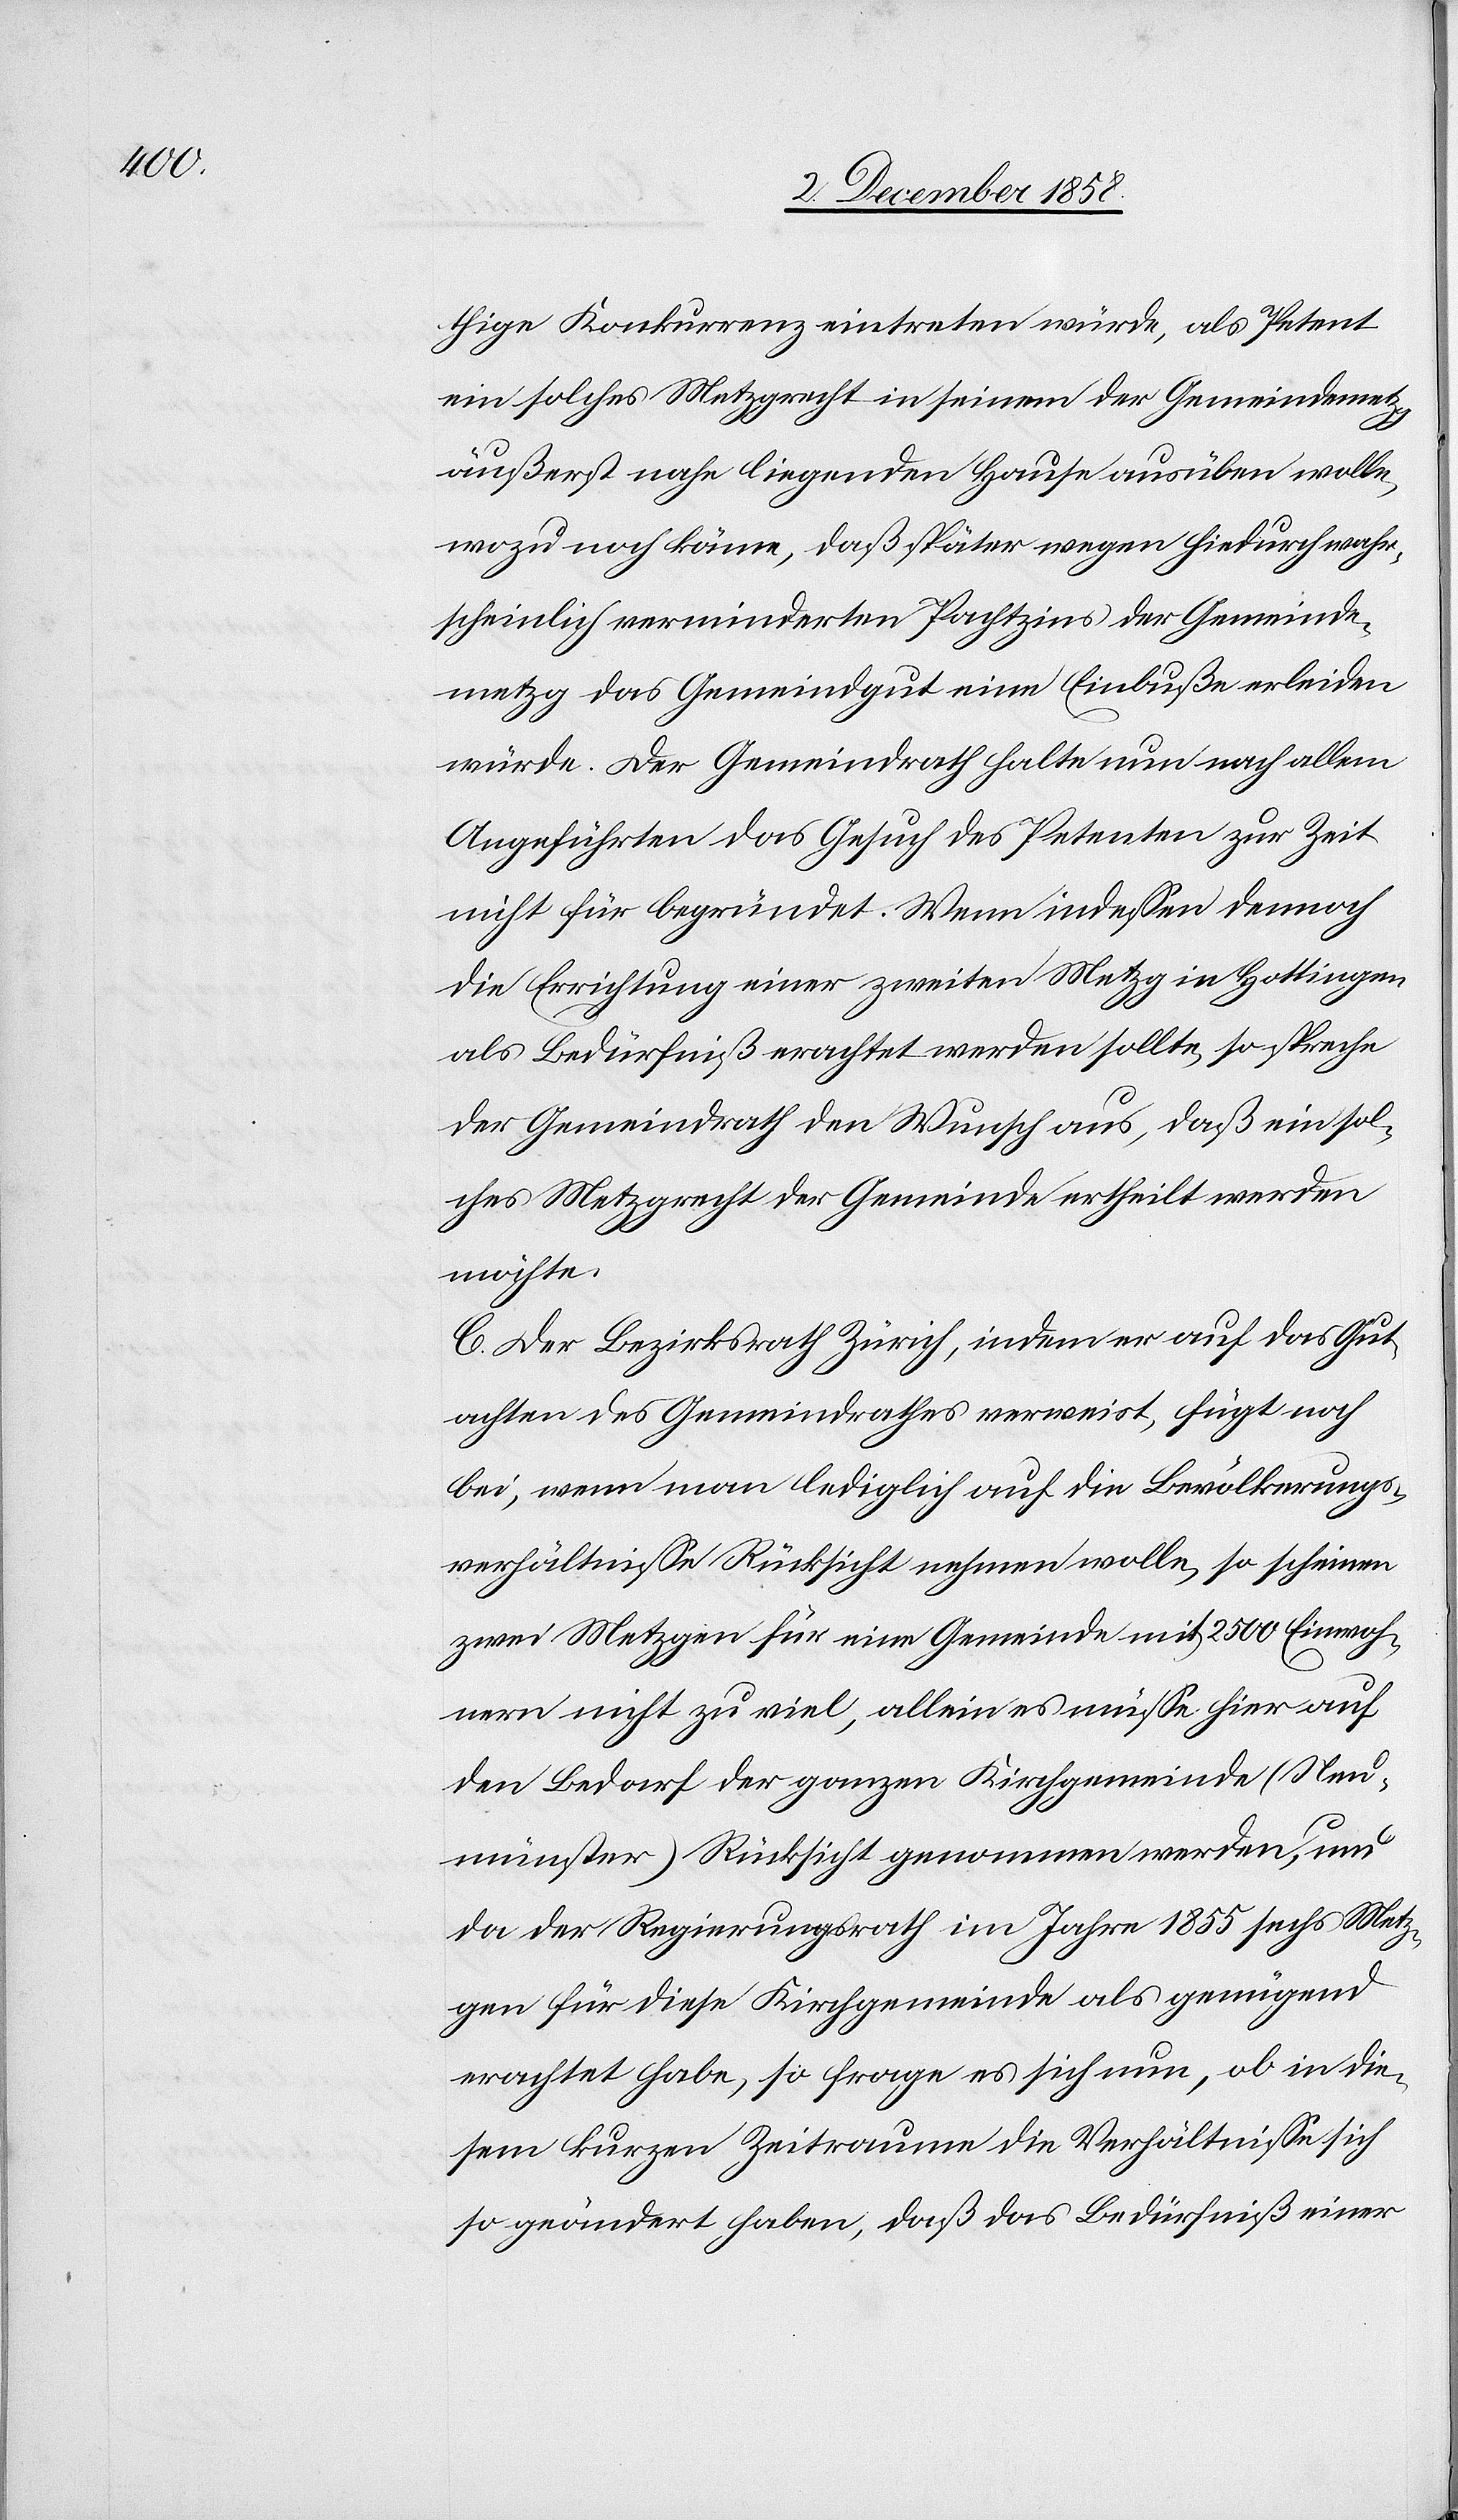
thige Konkurrenz eintreten würde, als Petent
ein solches Metzgrecht in seinem der Gemeindemet¬
zg
äußerst nahe liegenden Hause ausüben wolle,
wozu noch käme, daß später wegen hiedurch wahr¬
scheinlich verminderten Pachtzins der Gemeinde¬
metzg das Gemeindgut eine Einbuße erleiden
würde. Der Gemeindrath halte nun nach allem
Angeführten das Gesuch des Petenten zur Zeit
nicht für begründet. Wenn indessen dennoch
die Errichtung einer zweiten Metzg in Hottingen
als Bedürfniß erachtet werden sollte, so spreche
der Gemeindrath den Wunsch aus, daß ein sol¬
ches Metzgrecht der Gemeinde ertheilt werden
möchte.
C. Der Bezirksrath Zürich, indem er auf das Gut¬
achten des Gemeindrathes verweist, fügt noch
bei, wenn man lediglich auf die Bevölkerungs¬
verhältnisse Rücksicht nehmen wolle, so scheinen
zwei Metzgen für eine Gemeinde mit 2500 Einwoh¬
nern nicht zu viel, allein es müsse hier auf
den Bedarf der ganzen Kirchgemeinde (Neu¬
münster) Rücksicht genommen werden, und
da der Regierungsrath im Jahre 1855 sechs Metz¬
gen für diese Kirchgemeinde als genügend
erachtet habe, so frage es sich nun, ob in die¬
sem kurzen Zeitraume die Verhältnisse sich
so geändert haben, daß das Bedürfniß einer